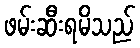
ဖမ်းဆီးရမိသည်